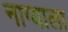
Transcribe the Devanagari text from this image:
नाग्याला